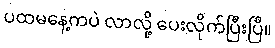
ပထမနေ့ကပဲ လာလို့ ပေးလိုက်ပြီးပြီ။